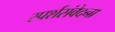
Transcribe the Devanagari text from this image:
स्पर्शसंवेदना